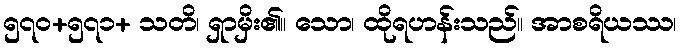
၅၇၀+၅၇၁+ သတိ၊ ရှာမှိး၏။ သော၊ ထိုရဟန်းသည်။ အာစရိယဿ၊